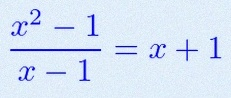
\frac{x^2-1}{x-1}=x+1